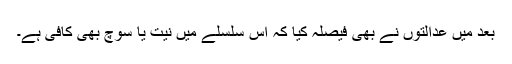
بعد میں عدالتوں نے بھی فیصلہ کیا کہ اس سلسلے میں نیت یا سوچ بھی کافی ہے۔